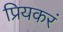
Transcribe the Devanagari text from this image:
प्रियकरं